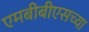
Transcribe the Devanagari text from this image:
एमबीबीएसच्या